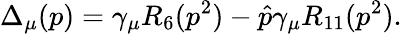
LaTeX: \Delta_{\mu}(p)=\gamma_{\mu}R_{6}(p^{2})-\hat{p}\gamma_{\mu}R_{11}(p^{2}).